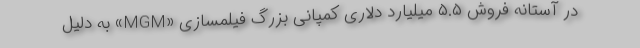
در آستانه فروش ۵.۵ میلیارد دلاری کمپانی بزرگ فیلمسازی «MGM» به دلیل